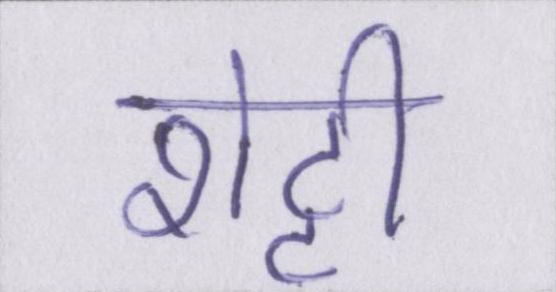
शेट्टी